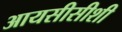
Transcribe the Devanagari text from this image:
आयसीसीशी